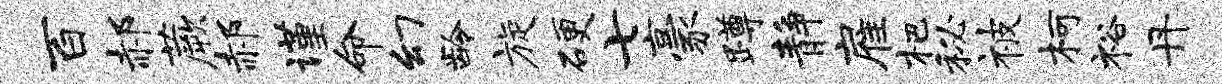
百郝蕨郝谨命幻龄旋硬七豪蹲静雇杷秘被柯裕丹